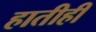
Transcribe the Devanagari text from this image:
हातीही